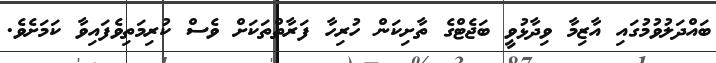
ބައްދަލުވުމުގައި އާޒިމާ ވިދާޅުވީ ބަޖެޓްގެ ތާށިކަން ހުރިހާ ފަރާތްތަކަށް ވެސް ކުރިމަތިވެފައިވާ ކަމަށެވެ.